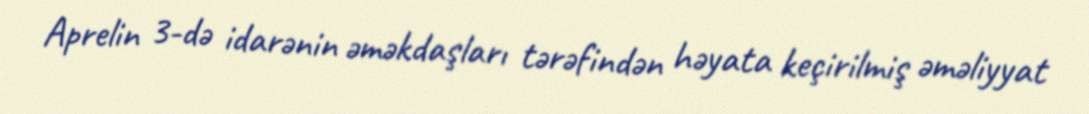
Aprelin 3-də idarənin əməkdaşları tərəfindən həyata keçirilmiş əməliyyat